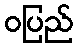
ဝပြည်